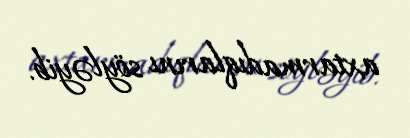
axtarmadıqlarını söyləyib.